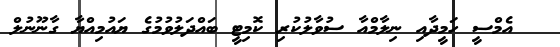
އެމްސީ ހަމީދާއި ނިލާމްއާ ސުވާލުކުރި ކޮމިޓީ ބައްދަލުވުމުގެ ޔައުމިއްޔާ ގާނޫނުލް